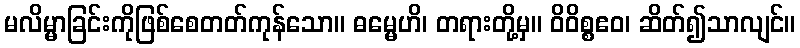
မလိမ္မာခြင်းကိုဖြစ်စေတတ်ကုန်သော။ ဓမ္မေဟိ၊ တရားတို့မှ။ ဝိဝိစ္စဧဝ၊ ဆိတ်၍သာလျင်။